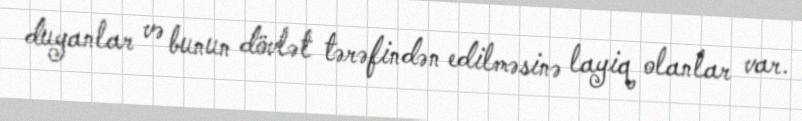
duyanlar və bunun dövlət tərəfindən edilməsinə layiq olanlar var.